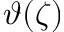
\vartheta ( \zeta )